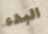
البدء